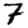
Digit: 7